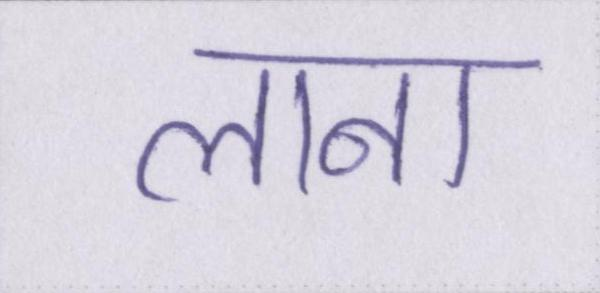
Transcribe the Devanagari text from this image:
लाना